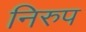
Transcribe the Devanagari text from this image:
निरुप